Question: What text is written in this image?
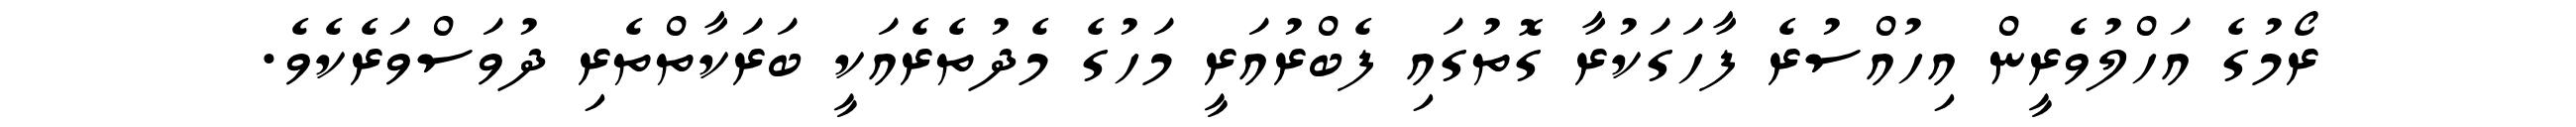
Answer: ރޯމުގެ އަހްލުވެރީން އިހުއްސުރެ ފާހަގަކުރާ ގޮތުގައި ފެބްރުއަރީ މަހުގެ މެދުތެރެއަކީ ބަރަކާތްތެރި ދުވަސްވަރެކެވެ.